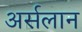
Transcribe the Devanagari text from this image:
अर्सलान